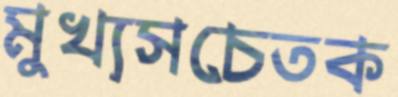
মুখ্যসচেতক